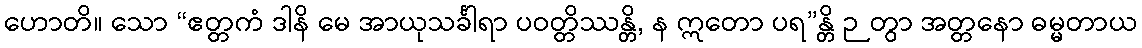
ဟောတိ။ သော “ဧတ္တကံ ဒါနိ မေ အာယုသင်္ခါရာ ပဝတ္တိဿန္တိ, န ဣတော ပရ”န္တိ ဉတွာ အတ္တနော ဓမ္မတာယ